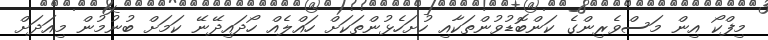
މިފްކޯ އިން މަސްވެރިންގެ ކަންބޮޑުވުންތަކާއި ހުށަހެޅުންތަކަށް ހައްލެއް ހޯދައިދޭނޭ ކަަމަށް ބުނުމުން މިއަދަށް